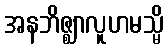
အနဘိဇ္ဈာလူဟမသ္မိ